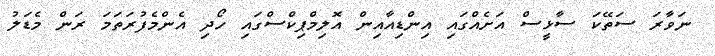
ނަވާރަ ސަތޭކަ ސާޅީސް އަށެއްްގައި އިންޑިއާއިން އޮލިމްޕިކްސްގައި ހޯދި އެންމެފުރަތަމަ ރަން މެޑަލު